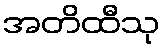
အတိထီသု